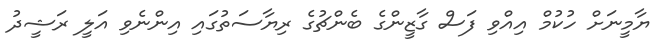
ޔާމީނަށް ހުކުމް އިއްވި ފަސް ގާޒީންގެ ބެންޗުގެ ރިޔާސަތުގައި އިންނެވި އަލީ ރަޝީދު